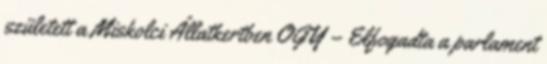
született a Miskolci Állatkertben OGY – Elfogadta a parlament